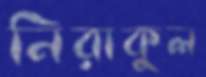
নিরাকুল